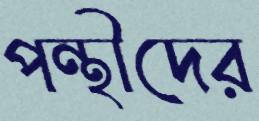
পন্থীদের